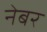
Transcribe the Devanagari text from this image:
नेबर